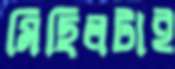
মিছিলটাই